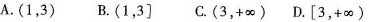
A.(1，3) B.(1，3] C(3，+\infty ) D.[3，+\infty )